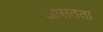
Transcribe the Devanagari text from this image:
औसतता